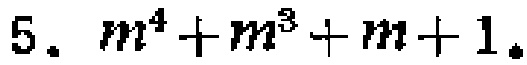
$5.\ m^{4}+m^{3}+m + 1.$